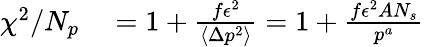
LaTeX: \begin{array}{rl}{\chi^{2}/N_{p}}&{{}=1+\frac{f\epsilon^{2}}{\left\langle\Delta p^{2}\right\rangle}=1+\frac{f\epsilon^{2}AN_{s}}{p^{a}}}\end{array}